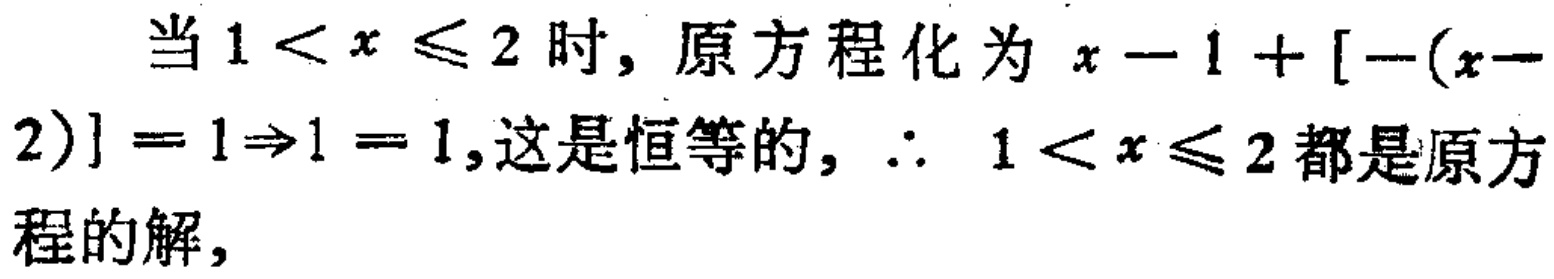
当\(1 < x \leq 2\)时，原方程化为 \(x - 1 + [-(x - 2)] = 1\Rightarrow1 = 1\)，这是恒等的，\(\therefore\) \(1 < x \leq 2\)都是原方程的解，